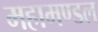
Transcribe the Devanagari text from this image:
महामण्‍डल